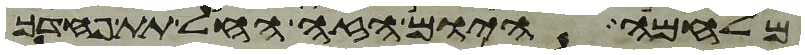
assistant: מלחמה היום הזה החל תת פחדך